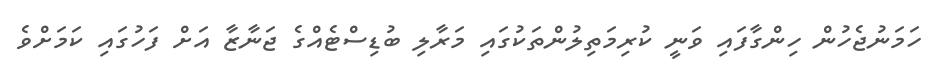
ހަމަނުޖެހުން ހިންގާފައި ވަނީ ކުރިމަތިލުންތަކުގައި މަރާލި ބުޑިސްޓެއްގެ ޖަނާޒާ އަށް ފަހުގައި ކަމަށްވެ